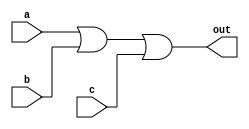
// SPDX-License-Identifier: MIT

module top_module(
    input a,
    input b,
    input c,
    output out  ); 
	assign out = a | b | c;
endmodule